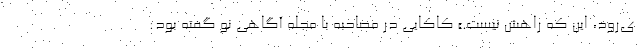
ی‌رود، این که راهش نیست.» کاکایی در مصاحبه با مجله آگاهی نو گفته بود: